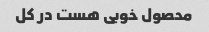
محصول خوبی هست در کل